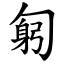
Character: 匑